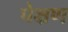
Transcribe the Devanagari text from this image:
पेक्षण